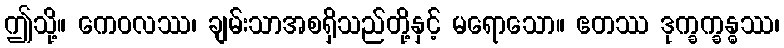
ဤသို့။ ကေဝလဿ၊ ချမ်းသာအစရှိသည်တို့နှင့် မရောသော။ ဧတဿ ဒုက္ခက္ခန္ဓဿ၊